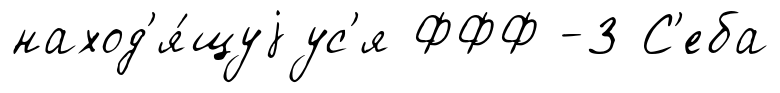
наход'я́щуjус'я ФФФ -3 С'еба